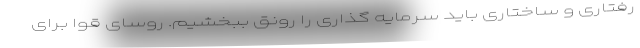
رفتاری و ساختاری باید سرمایه گذاری را رونق ببخشیم. روسای قوا برای